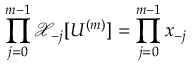
\prod _ { j = 0 } ^ { m - 1 } \mathcal { X } _ { - j } [ U ^ { ( m ) } ] = \prod _ { j = 0 } ^ { m - 1 } x _ { - j }